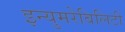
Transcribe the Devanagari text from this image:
इन्युमरेबिलिटी